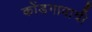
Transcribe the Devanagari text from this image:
कोंडगावाची